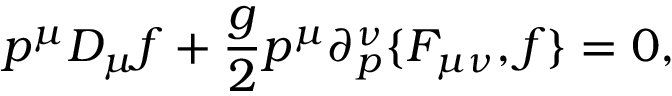
p ^ { \mu } D _ { \mu } f + { \frac { g } { 2 } } p ^ { \mu } \partial _ { p } ^ { \nu } \{ F _ { \mu \nu } , f \} = 0 ,